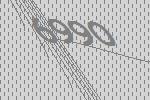
6990